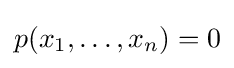
p(x_{1},\ldots ,x_{n})=0